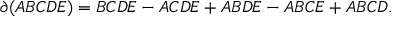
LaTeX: \partial ( A B C D E ) = B C D E - A C D E + A B D E - A B C E + A B C D .